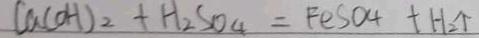
C a ( O H ) _ { 2 } + H _ { 2 } S O _ { 4 } = F e S O _ { 4 } + H _ { 2 } \uparrow